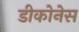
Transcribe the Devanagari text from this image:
डीकोनेस